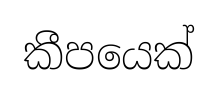
කීපයෙක්